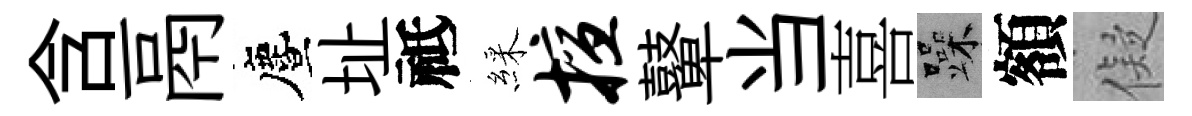
含鬲󵨌址祗綵擅鼙当喜躁額儗